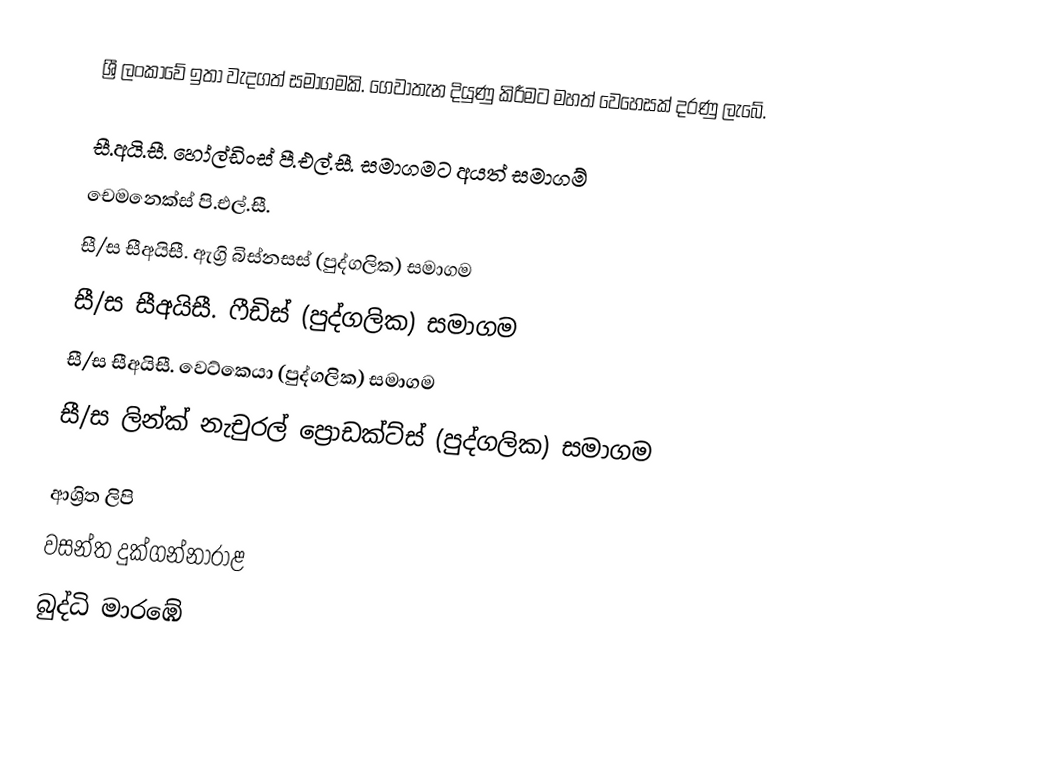
ශ්‍රී ලංකාවේ ඉතා වැදගත් සමාගමකි. ගෙවාතැන දියුණු කිරීමට මහත් වෙහෙසක් දරණු ලැබේ.

සී.අයි.සී. හෝල්ඩිංස් පී.එල්.සී. සමාගමට අයත් සමාගම්
 චෙමනෙක්ස් පි.එල්.සී.
 සී/ස සීඅයිසී. ඇග්‍රි බිස්නසස් (පුද්ගලික) සමාගම
 සී/ස සීඅයිසී. ෆීඩිස් (පුද්ගලික) සමාගම
 සී/ස සීඅයිසී. වෙට්කෙයා (පුද්ගලික) සමාගම
 සී/ස ලින්ක් නැචුරල් ප්‍රොඩක්ට්ස් (පුද්ගලික) සමාගම

ආශ්‍රිත ලිපි
 වසන්ත දුක්ගන්නාරාළ
 බුද්ධි මාරඹේ